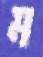
ম